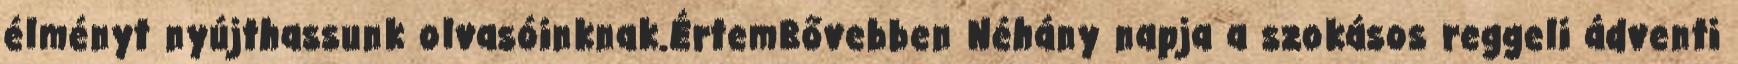
élményt nyújthassunk olvasóinknak.ÉrtemBővebben Néhány napja a szokásos reggeli ádventi